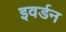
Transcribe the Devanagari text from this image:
इवर्डन